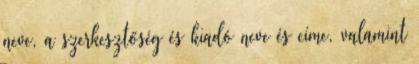
neve, a szerkesztőség és kiadó neve és címe, valamint